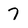
Character: 7